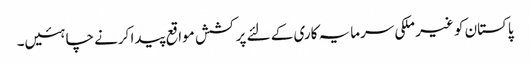
پاکستان کو غیر ملکی سرمایہ کاری کے لئے پرکشش مواقع پیدا کرنے چاہئیں۔